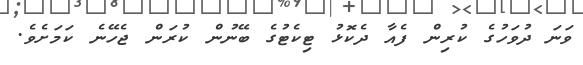
ވަނަ ދުވަހުގެ ކުރިން ފެއާ ދެކޮޅު ޓިކެޓުގެ ބޭނުން ކުރަން ޖެހޭނެ ކަމަށެވެ.